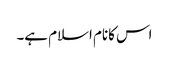
اس کانام اسلام ہے۔